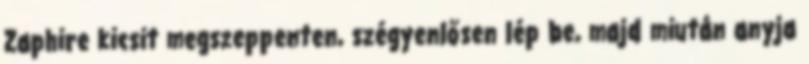
Zaphire kicsit megszeppenten, szégyenlősen lép be, majd miután anyja